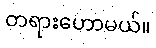
တရားဟောမယ်။